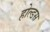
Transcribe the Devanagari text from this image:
होल्डस